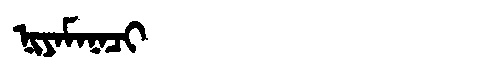
Manchu: ᠨᡳᠶᠠᠮᠠᠨᠠᠴᡳ
Romanization: NIYAMANACI